Problem: 8 × 12 = ?
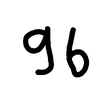
Handwritten answer: 96